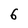
Character: 6